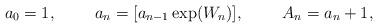
LaTeX: \begin{align*}a_0 = 1,\ \ \ \ \ \ \ a_n = [a_{n-1} \exp(W_n)],\ \ \ \ \ \ \ A_n = a_n +1,\end{align*}